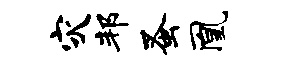
灾邦蚤凰